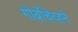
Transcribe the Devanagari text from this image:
गोर्बोचेव्हने